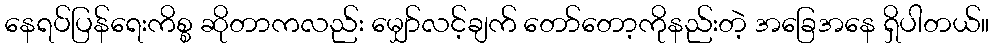
နေရပ်ပြန်ရေးကိစ္စ ဆိုတာကလည်း မျှော်လင့်ချက် တော်တော့ကိုနည်းတဲ့ အခြေအနေ ရှိပါတယ်။